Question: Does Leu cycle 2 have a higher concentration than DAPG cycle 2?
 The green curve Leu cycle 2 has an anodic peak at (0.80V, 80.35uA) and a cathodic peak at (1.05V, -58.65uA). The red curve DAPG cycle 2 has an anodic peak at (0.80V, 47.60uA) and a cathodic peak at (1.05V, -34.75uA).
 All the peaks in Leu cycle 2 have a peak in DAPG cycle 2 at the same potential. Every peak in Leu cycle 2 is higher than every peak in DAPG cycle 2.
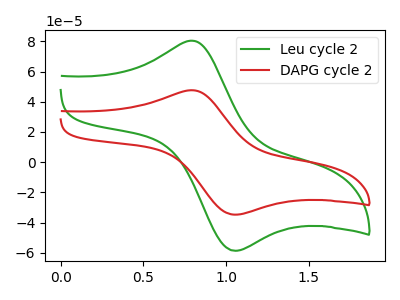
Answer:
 <answer>"Leu cycle 2" has more signal than "DAPG cycle 2" and so likely has a higher concentration.</answer>
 <eval>more_concentration</eval>